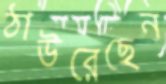
ঠাউরেছেন